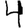
Digit: 4